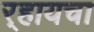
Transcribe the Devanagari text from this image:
र्‍हायचा